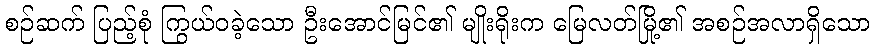
စဉ်ဆက် ပြည့်စုံ ကြွယ်ဝခဲ့သော ဦးအောင်မြင်၏ မျိုးရိုးက မြေလတ်မြို့၏ အစဉ်အလာရှိသော